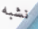
نشبه